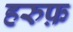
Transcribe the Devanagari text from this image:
हरुफ़